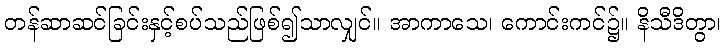
တန်ဆာဆင်ခြင်းနှင့်စပ်သည်ဖြစ်၍သာလျှင်။ အာကာသေ၊ ကောင်းကင်၌။ နိသီဒိတွာ၊